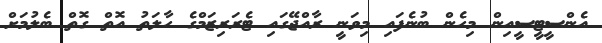
އެންސީޓީސީއިން މިހެން ބުނެފައި މިވަނީ ރާއްޖޭގައި ޓެރަރިޒަމްގެ ހާލަތު އޮތް ގޮތް ބެލުމަށް